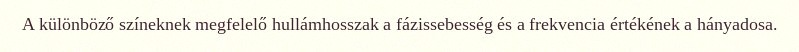
A különböző színeknek megfelelő hullámhosszak a fázissebesség és a frekvencia értékének a hányadosa.